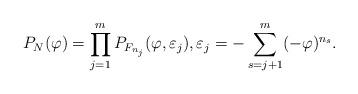
LaTeX: \begin{align*}P_N(\varphi) = \prod_{j=1}^m P_{F_{n_j}}(\varphi, \varepsilon_j ) , \varepsilon_j = - \sum_{s=j+1}^m (-\varphi)^{n_s}.\end{align*}